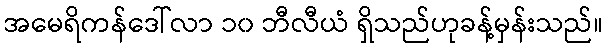
အမေရိကန်ဒေါ်လာ ၁၀ ဘီလီယံ ရှိသည်ဟုခန့်မှန်းသည်။